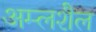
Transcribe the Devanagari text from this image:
अम्लशैल